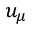
u _ { \mu }